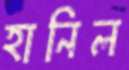
হানিল